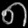
Digit: ၈